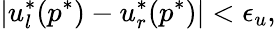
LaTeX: \left|u_{l}^{*}(p^{*})-u_{r}^{*}(p^{*})\right|<\epsilon_{u},